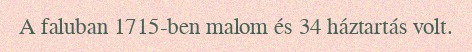
A faluban 1715-ben malom és 34 háztartás volt.